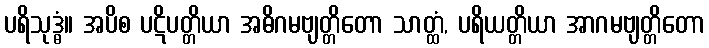
ပရိသုဒ္ဓံ။ အပိစ ပဋိပတ္တိယာ အဓိဂမဗျတ္တိတော သာတ္ထံ, ပရိယတ္တိယာ အာဂမဗျတ္တိတော